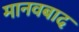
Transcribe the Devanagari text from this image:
मानवबाद